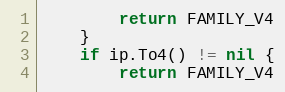
Language: Go
		return FAMILY_V4
	}
	if ip.To4() != nil {
		return FAMILY_V4